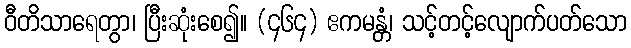
ဝီတိသာရေတွာ၊ ပြီးဆုံးစေ၍။ (၄၆၄) ဧကမန္တံ၊ သင့်တင့်လျောက်ပတ်သော